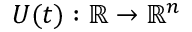
\begin{array} { r } { U ( t ) : \mathbb { R } \rightarrow \mathbb { R } ^ { n } } \end{array}